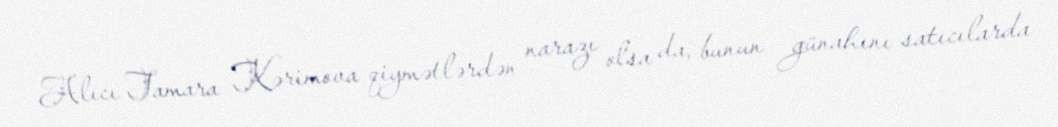
Alıcı Tamara Kərimova qiymətlərdən narazı olsa da, bunun günahını satıcılarda